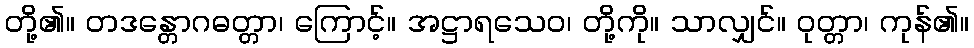
တို့၏။ တဒန္တောဂဓတ္တာ၊ ကြောင့်။ အဋ္ဌာရသေဝ၊ တို့ကို။ သာလျှင်။ ဝုတ္တာ၊ ကုန်၏။